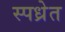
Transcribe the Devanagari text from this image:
स्पध्रेत